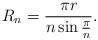
LaTeX: \begin{align*}R_n=\frac{\pi r}{n\sin \frac \pi n}.\end{align*}